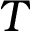
T